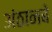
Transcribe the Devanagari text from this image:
अंठानबे